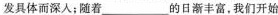
发具体而深人；随着___的日渐丰富，我们开始